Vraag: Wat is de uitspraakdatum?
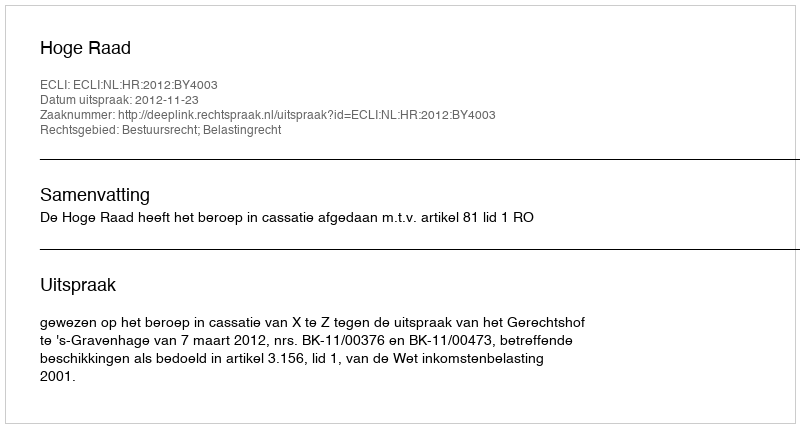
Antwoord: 2012-11-23